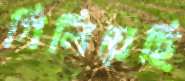
গিলিয়েছি